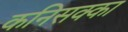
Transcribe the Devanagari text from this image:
कनिसक्का